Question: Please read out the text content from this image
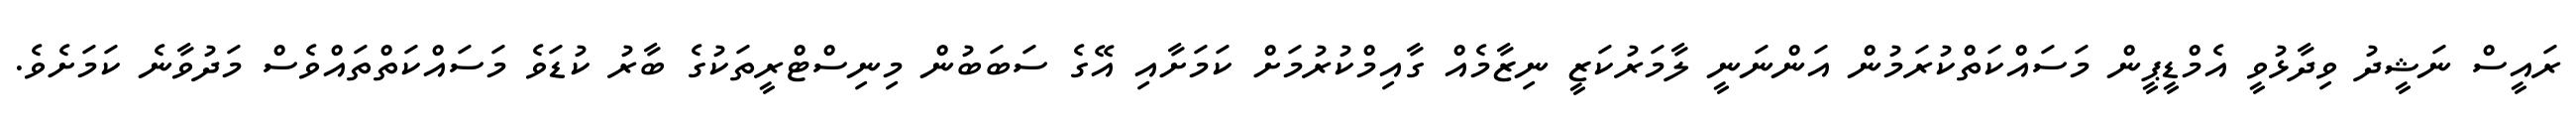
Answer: ރައީސް ނަޝީދު ވިދާޅުވީ އެމްޑީޕީން މަސައްކަތްކުރަމުން އަންނަނީ ލާމަރުކަޒީ ނިޒާމެއް ގާއިމްކުރުމަށް ކަމަށާއި އޭގެ ސަބަބުން މިނިސްޓްރީތަކުގެ ބާރު ކުޑަވެ މަސައްކަތްތައްވެސް މަދުވާނެ ކަމަށެވެ.